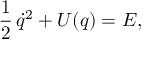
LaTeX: { \frac 1 2 } \, { \dot { q } } ^ { 2 } + U ( q ) = { E } ,